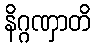
နိဂ္ဂဏှာတိ